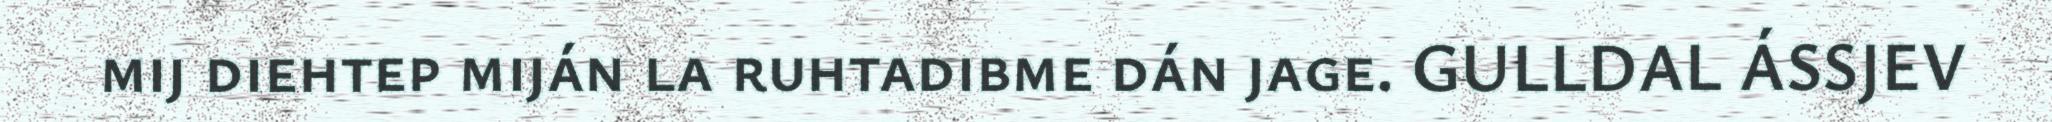
mij diehtep miján la ruhtadibme dán jage. GULLDAL ÁSSJEV